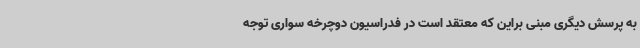
به پرسش دیگری مبنی براین که معتقد است در فدراسیون دوچرخه سواری توجه